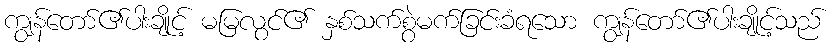
ကျွန်တော်၏ပါးချိုင့် မမြလွင်၏ နှစ်သက်စွဲမက်ခြင်းခံရသော ကျွန်တော်၏ပါးချိုင့်သည်